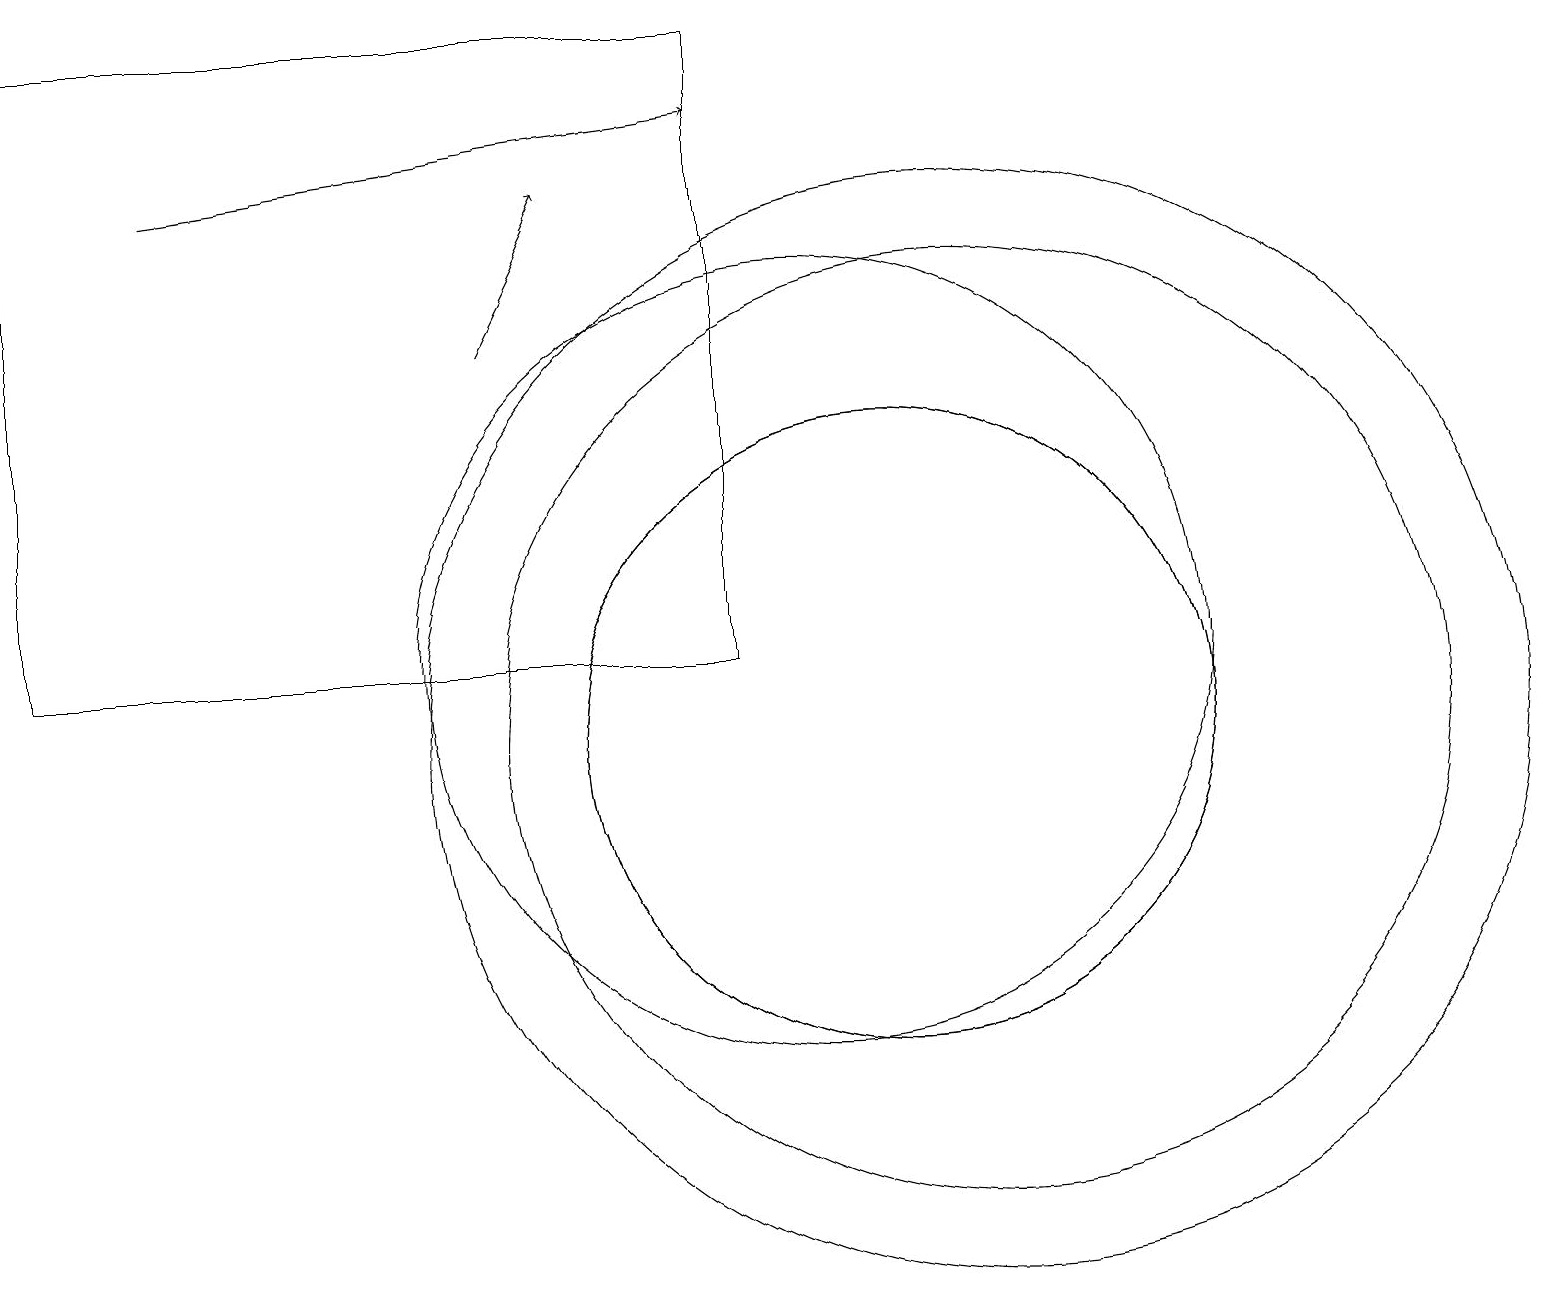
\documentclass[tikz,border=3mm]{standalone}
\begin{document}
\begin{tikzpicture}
\draw[->] (2,17) -- (9,18);
\draw (9,11) rectangle (0,19);
\draw (11,10) circle (4);
\draw (10,11) circle (5);
\draw (12,10) circle (6);
\draw[->] (6,15) -- (7,17);
\draw (11,10) circle (4);
\draw (12,10) circle (7);
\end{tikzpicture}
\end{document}